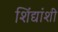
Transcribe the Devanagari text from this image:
शिंद्यांशी